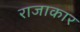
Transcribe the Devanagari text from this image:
राजाकार